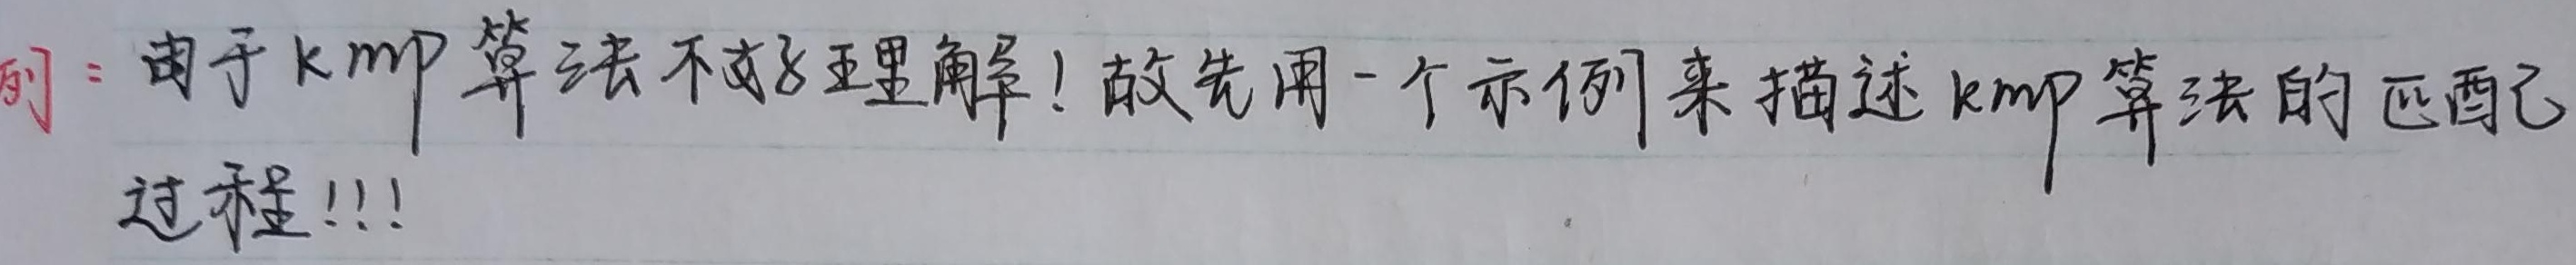
由于kmp算法不太好理解！故先用一个示例来描述kmp算法的匹配过程!!!